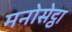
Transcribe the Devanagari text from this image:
मनोसेट्ठा